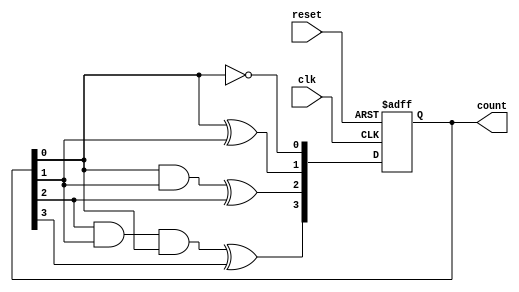
module ripple_counter (
    input wire clk,         // Clock signal
    input wire reset,       // Asynchronous reset signal
    output reg [3:0] count  // 4-bit output count
);

    // Asynchronous reset and counting logic
    always @(posedge clk or posedge reset) begin
        if (reset) begin
            count <= 4'b0000; // Reset count to 0
        end else begin
            // Ripple counter logic
            count[0] <= ~count[0]; // Toggle LSB on every clock pulse
            count[1] <= count[0] ^ count[1]; // Toggle second LSB on first LSB transition
            count[2] <= (count[0] & count[1]) ^ count[2]; // Toggle third LSB on transition
            count[3] <= (count[2] & count[1] & count[0]) ^ count[3]; // Toggle MSB on transitions
        end
    end

endmodule